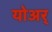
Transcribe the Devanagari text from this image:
योअर्